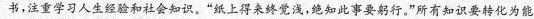
书，注重学习人生经验和社会知识。”纸上得来终觉浅，绝知此事要躬行。”所有知识要转化为能